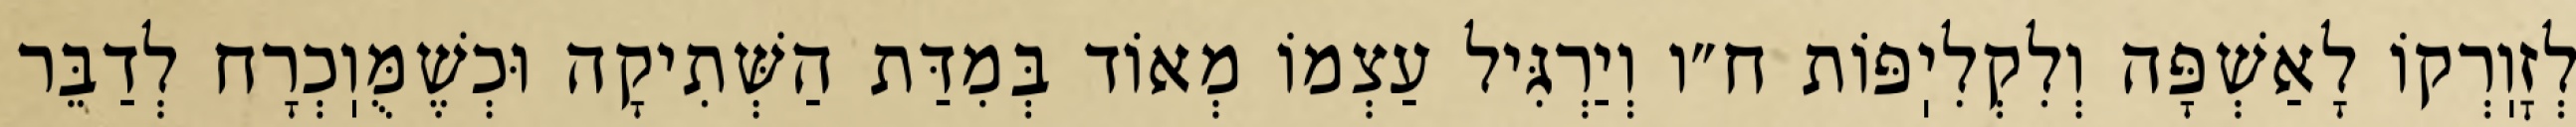
לְזׇוֽרְקוֹ לָאַשְׁפָּה וְלִקְלִיֽפּוֹת ח״ו וְיַרְגִּיל עַצְמוֹ מְאוֹד בְּמִדַּת הַשְּׁתִיקָה וּכְשֶׁמֻּוֽכְרָח לְדַבֵּר